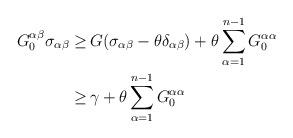
LaTeX: \begin{align*}\begin{aligned}G^{\alpha \beta}_0 \sigma_{\alpha \beta} \geq \,& G (\sigma_{\alpha \beta} - \theta \delta_{\alpha \beta}) + \theta \sum_{\alpha =1}^{n-1} G^{\alpha\alpha}_0\\ \geq \,& \gamma + \theta \sum_{\alpha =1}^{n-1} G^{\alpha\alpha}_0\end{aligned}\end{align*}